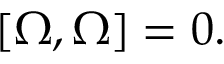
\left[ \Omega , \Omega \right] = 0 .